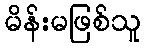
မိန်းမဖြစ်သူ